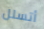
أتسلل